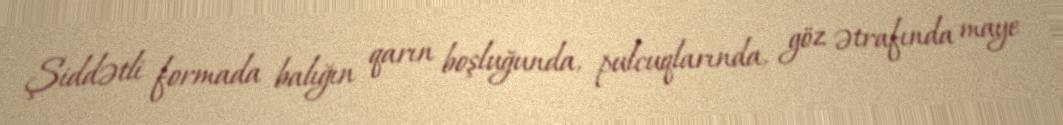
Şiddətli formada balığın qarın boşluğunda, pulcuqlarında, göz ətrafında maye